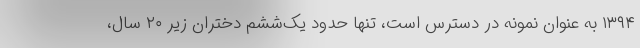
۱۳۹۴ به عنوان نمونه در دسترس است، تنها حدود یک‌ششم دختران زیر ۲۰ سال،